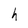
Character: h